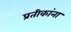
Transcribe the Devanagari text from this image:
प्रतीकांना